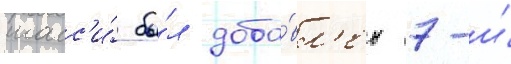
шасс'и́ бы́л доба́вл'ен 7-и́